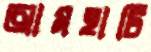
আমহাটি